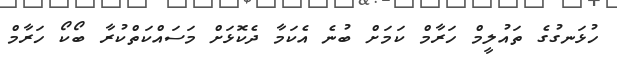
ހުޅަނގުގެ ތައުލީމް ހަރާމް ކަމަށް ބުނެ އެކަމާ ދެކޮޅަށް މަސައްކަތްކުރާ ބޯކޯ ހަރާމް